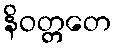
နိဝတ္တတေ